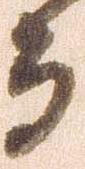
而